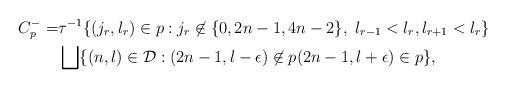
LaTeX: \begin{align*}C^{-}_{p}=&\tau^{-1}\{(j_{r},l_{r})\in p: j_{r}\not \in \{0,2n-1,4n-2\}, \ l_{r-1}<l_{r},l_{r+1}<l_{r}\} \\& \bigsqcup \{(n,l)\in \mathcal{D}: (2n-1,l-\epsilon)\not\in p (2n-1,l+\epsilon)\in p\},\end{align*}